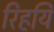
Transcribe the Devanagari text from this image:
रिहयि